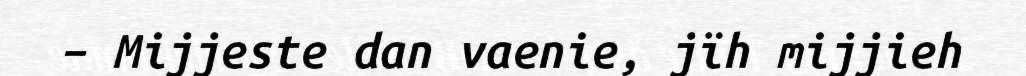
– Mijjeste dan vaenie, jïh mijjieh